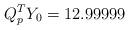
LaTeX: \begin{align*}Q_p^TY_0=12.99999\end{align*}